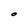
Character: O